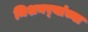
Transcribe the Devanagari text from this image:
मिशनर्‍यांच्या